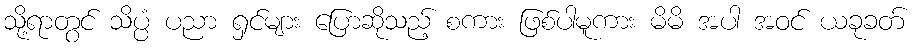
သို့ရာတွင် သိပ္ပံ ပညာ ရှင်များ ပြောဆိုသည့် စကား ဖြစ်ပါမူကား မိမိ အပါ အဝင် ယခုခတ်